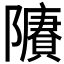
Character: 𨽔